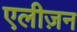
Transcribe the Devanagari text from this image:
एलीज़न